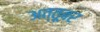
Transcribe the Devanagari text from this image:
अत्तूबर